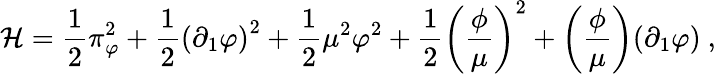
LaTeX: {\cal H}=\frac{1}{2}\pi_{\varphi}^{2}+\frac{1}{2}\left(\partial_{1}\varphi\right)^{2}+\frac{1}{2}\mu^{2}\varphi^{2}+\frac{1}{2}\left(\frac{\phi}{\mu}\right)^{2}+\left(\frac{\phi}{\mu}\right)(\partial_{1}\varphi)\ ,